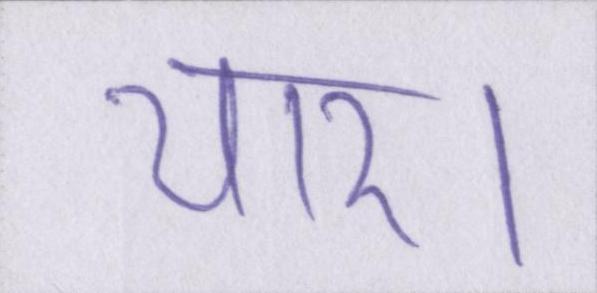
यार।